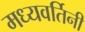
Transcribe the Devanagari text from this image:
मध्यवर्तिनी